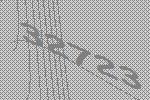
32723